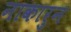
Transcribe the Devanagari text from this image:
नाकारुन